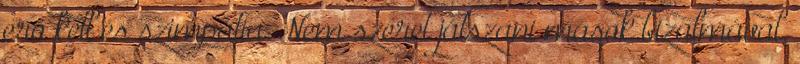
erő kell és szimpátia. Nem szeret játszani mások bizalmával.